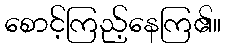
စောင့်ကြည့်နေကြ၏။